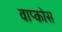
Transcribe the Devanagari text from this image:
वाप्कोस